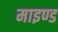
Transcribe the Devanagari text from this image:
माइण्ड